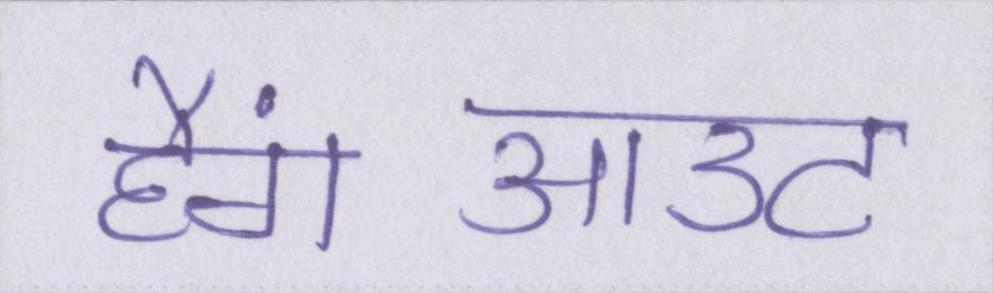
हैंगआउट